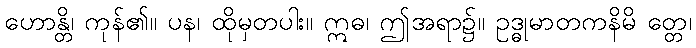
ဟောန္တိ၊ ကုန်၏။ ပန၊ ထိုမှတပါး။ ဣဓ၊ ဤအရာ၌။ ဥဒ္ဓုမာတကနိမိ တ္တေ၊